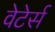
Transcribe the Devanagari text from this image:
वेटेर्स